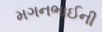
મગનભાઈની